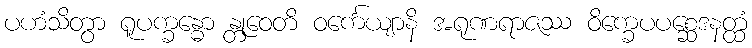
ပဟံသိတွာ ရူပက္ခန္ဓော န္တုဝေတိ ဝင်္ကေယျာနိ အရုဏရာဇဿ ဝိက္ခေပပစ္ဆေဒနတ္ထံ